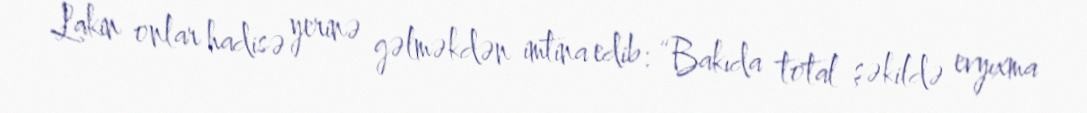
Lakin onlar hadisə yerinə gəlməkdən imtina edib: “Bakıda total şəkildə evyıxma